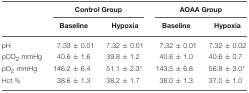
<table><thead><tr><td></td><td colspan="2"><b>Control Group</b></td><td colspan="2"><b>AOAA Group</b></td></tr><tr><td></td><td><b>Baseline</b></td><td><b>Hypoxia</b></td><td><b>Baseline</b></td><td><b>Hypoxia</b></td></tr></thead><tbody><tr><td>pH</td><td>7.33 ± 0.01</td><td>7.32 ± 0.01</td><td>7.32 ± 0.01</td><td>7.32 ± 0.02</td></tr><tr><td>pCO<sub>2</sub> mmHg</td><td>40.6 ± 1.6</td><td>39.8 ± 1.2</td><td>40.6 ± 1.0</td><td>40.6 ± 0.7</td></tr><tr><td>pO<sub>2</sub> mmHg</td><td>146.2 ± 6.4</td><td>51.1 ± 2.3<sup>*</sup></td><td>143.5 ± 6.8</td><td>56.8 ± 3.0<sup>*</sup></td></tr><tr><td>Hct %</td><td>38.6 ± 1.3</td><td>38.2 ± 1.7</td><td>38.0 ± 1.3</td><td>37.0 ± 1.0</td></tr></tbody></table>